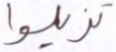
تزيلوا